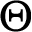
\Theta